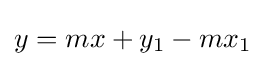
y=mx+y_{1}-mx_{1}